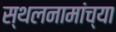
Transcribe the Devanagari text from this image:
स्थलनामांच्या